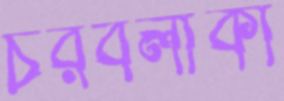
চরবলাকী